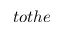
t o t h e